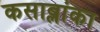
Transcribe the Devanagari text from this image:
कसाब्लांका